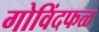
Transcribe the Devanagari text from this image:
गोविंदफळ